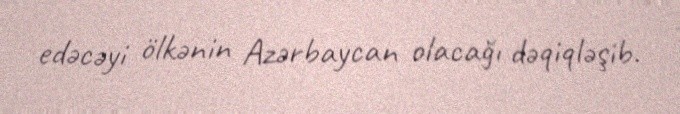
edəcəyi ölkənin Azərbaycan olacağı dəqiqləşib.